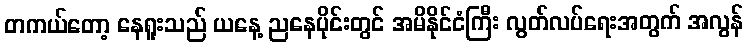
တကယ်တော့ နေရူးသည် ယနေ့ ညနေပိုင်းတွင် အမိနိုင်ငံကြီး လွတ်လပ်ရေးအတွက် အလွန်